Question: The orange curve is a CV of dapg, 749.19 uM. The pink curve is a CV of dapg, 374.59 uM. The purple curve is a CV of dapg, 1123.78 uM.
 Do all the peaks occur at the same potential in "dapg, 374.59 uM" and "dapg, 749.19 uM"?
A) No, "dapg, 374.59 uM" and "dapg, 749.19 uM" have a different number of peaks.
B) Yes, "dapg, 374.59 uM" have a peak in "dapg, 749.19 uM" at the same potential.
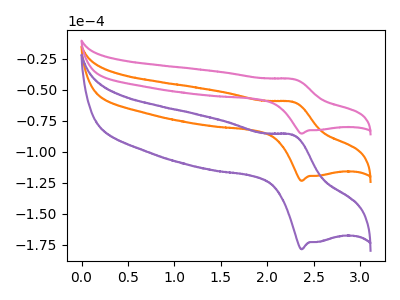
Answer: <think>The orange curve "dapg, 749.19 uM" has an anodic peak at (2.30V, -59.70uA) and a cathodic peak at (2.35V, -123.50uA). The pink curve "dapg, 374.59 uM" has an anodic peak at (2.30V, -41.25uA) and a cathodic peak at (2.35V, -85.35uA). The purple curve "dapg, 1123.78 uM" has an anodic peak at (2.30V, -119.45uA) and a cathodic peak at (2.35V, -247.05uA).</think>
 <answer>B) Yes, "dapg, 374.59 uM" have a peak in "dapg, 749.19 uM" at the same potential.</answer>
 <eval>B</eval>